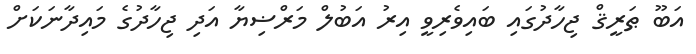
އަބޫ ޠަރީޤް ޖިހާދުގައި ބައިވެރިވީ އިރު އަބުލް މަރްޟިޔާ އަދި ޖިހާދުގެ މައިދާނަކަށް